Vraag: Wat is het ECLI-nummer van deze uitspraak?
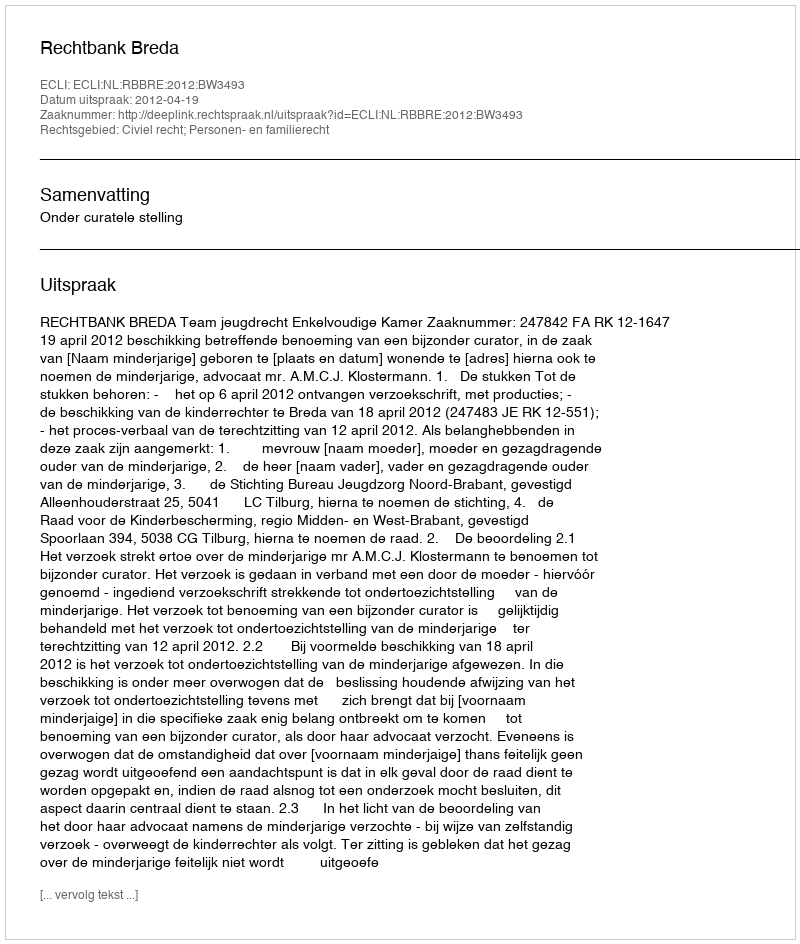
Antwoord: ECLI:NL:RBBRE:2012:BW3493